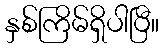
နှစ်ကြိမ်ရှိပါပြီ။